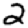
Digit: 2